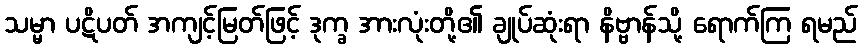
သမ္မာ ပဋိပတ် အကျင့်မြတ်ဖြင့် ဒုက္ခ အားလုံးတို့၏ ချုပ်ဆုံးရာ နိဗ္ဗာန်သို့ ရောက်ကြ ရမည်